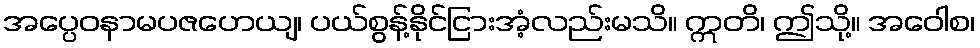
အပ္ပေဝနာမပဇဟေယျ၊ ပယ်စွန့်နိုင်ငြားအံ့လည်းမသိ။ ဣတိ၊ ဤသို့။ အဝေါစ၊